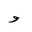
Letter: _waw